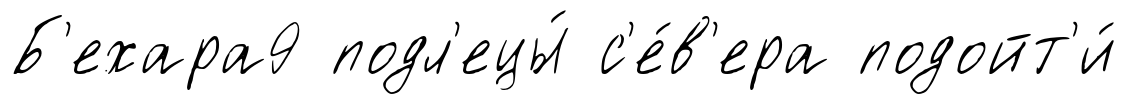
Б'ехара9 подл'ецы́ с'е́в'ера подойт'и́